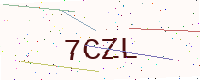
Text: 7CZL